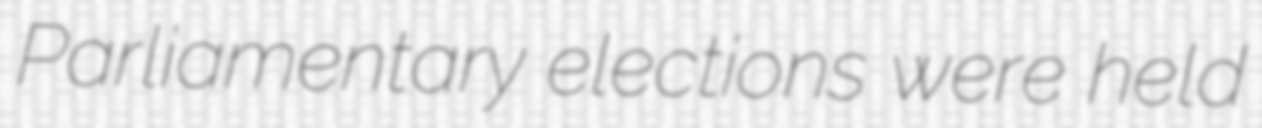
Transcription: Parliamentary elections were held